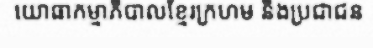
យោធាកម្មាភិបាលខ្មែរក្រហម និងប្រជាជន